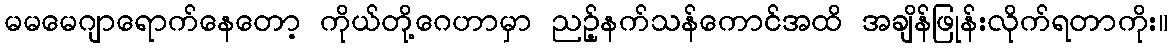
မမမေဂျာရောက်နေတော့ ကိုယ်တို့ဂေဟာမှာ ညဉ့်နက်သန်ကောင်အထိ အချိန်ဖြုန်းလိုက်ရတာကိုး။